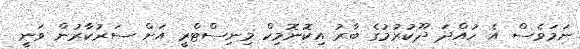
ނަމަވެސް އެ ހުއްދަ ދޫކުރުމުގެ ބާރު އިކޮނޮމިކް މިނިސްޓްރީ އަށް ސަރުކާރުން ވަނީ